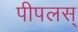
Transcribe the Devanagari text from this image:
पीपलस्